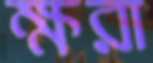
ক্ষরা